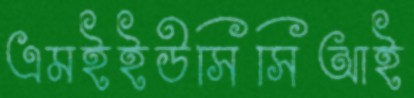
এমইইউসিসিআই